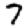
Digit: 7